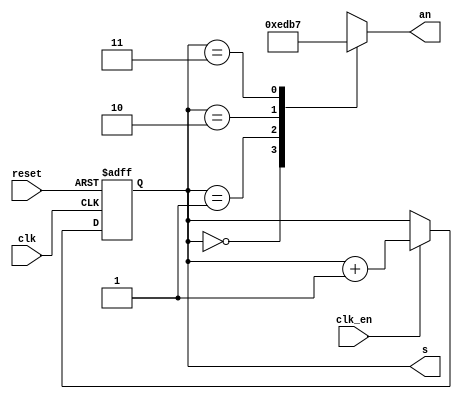
`timescale 1ns / 1ps
//////////////////////////////////////////////////////////////////////////////////
// Company: 
// Engineer: 
// 
// Design Name: 
// Module Name: anodedriver
// Project Name: 
// Target Devices: 
// Tool Versions: 
// Description: 
// 
// Dependencies: 
// 
// Revision:
// Revision 0.01 - File Created
// Additional Comments:
// 
//////////////////////////////////////////////////////////////////////////////////


module anodedriver(
    input wire clk_en,
    input wire clk,
    input wire reset,
    output reg [3:0]an,
    output reg [1:0]s
    );
    
    initial
    s <= 0;
    
    always @(posedge clk or posedge reset)
        if(reset == 1)
            s <= 0;
        else if(clk_en == 1)
            s <= s + 1;
    
    always @(s)
        case(s)
            2'b00: an <= 4'b1110;
            2'b01: an <= 4'b1101;
            2'b10: an <= 4'b1011;
            2'b11: an <= 4'b0111;
         endcase
endmodule